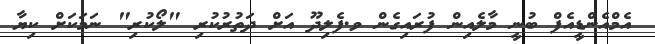
އެމްއެންޑީއެފް ބުނީ މާލެއިން ފުރައިގެން ވ.ފެލިދޫ އަށް ދަތުރުކުރި "ލޯކުރި" ނަމަކަށް ކިޔާ